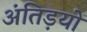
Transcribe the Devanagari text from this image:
अंतिड़यों